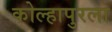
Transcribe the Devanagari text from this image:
कोल्हापुरला